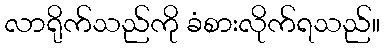
လာရိုက်သည်ကို ခံစားလိုက်ရသည်။